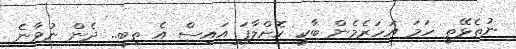
ނުތެޅޭތީ ހަމަ އަހަރެމެން ބާކީ ކޮށްލާފަ އައިސް އެ ތިބީ.. ދެން ނުވާނެ